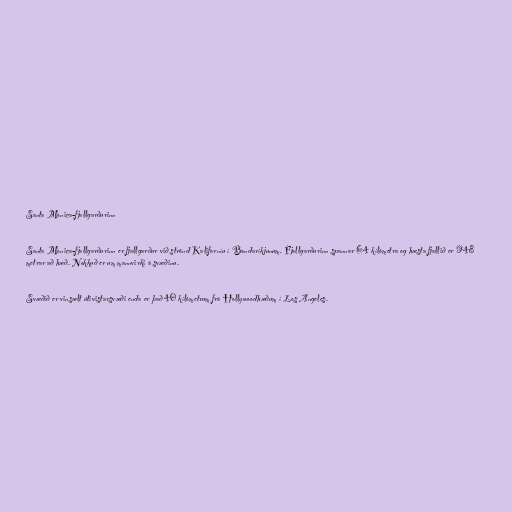
Santa Monica-fjallgarðurinn

Santa Monica-fjallgarðurinn er fjallgarður við strönd Kaliforníu í Bandaríkjunum. Fjallgarðurinn spannar 64 kílómetra og hæsta fjallið er 948
metrar að hæð. Nokkuð er um mannvirki á svæðinu.

Svæðið er vinsælt útivistarsvæði enda er það 40 kílómetrum frá Hollywoodhæðum í Los Angeles.